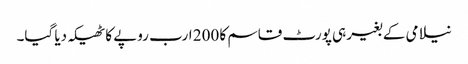
نیلامی کے بغیر ہی پورٹ قاسم کا 200 ارب روپے کا ٹھیکہ دیا گیا۔